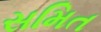
સમિત